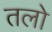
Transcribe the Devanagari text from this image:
तलो